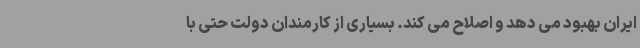
ایران بهبود می دهد و اصلاح می کند. بسیاری از کارمندان دولت حتی با